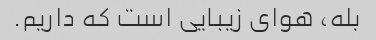
بله، هوای زیبایی است که داریم.